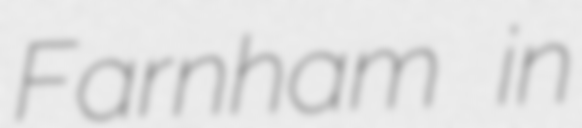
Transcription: Farnham in